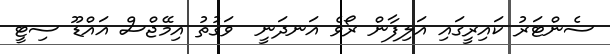
ސެންޓަރު ކައިރީގައި އަލިފާން ރޯވެ އަނދަނީ  ވަގުތު އިމޭޖްސް އައްޑޫ ސިޓީ